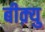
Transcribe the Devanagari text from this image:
बीक़्यु